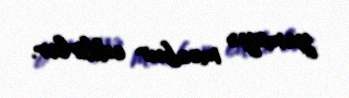
yeməyə məcbur edilirlər.